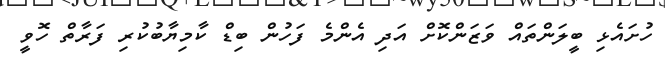
ހުށައެޅި ބީލަންތައް ވަޒަންކޮށް އަދި އެންމެ ފަހުން ބިޑް ކާމިޔާބުކުރި ފަރާތް ހޮވީ